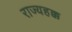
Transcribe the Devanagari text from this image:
राज्यहक्क